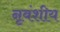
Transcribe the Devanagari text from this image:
नृवंशीय